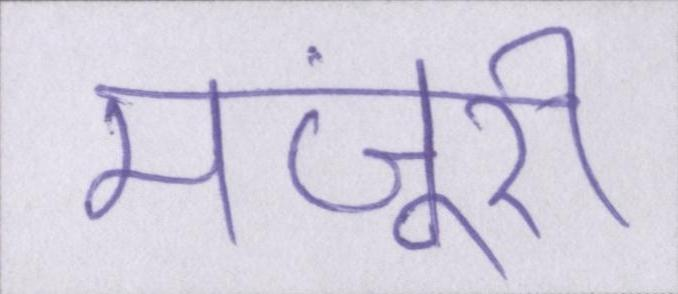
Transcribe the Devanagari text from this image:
मंजूरी